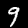
Digit: 9